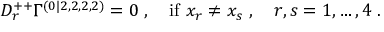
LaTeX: D _ { r } ^ { + + } \Gamma ^ { ( 0 | 2 , 2 , 2 , 2 ) } = 0 \; , \quad \mathrm { i f ~ } x _ { r } \neq x _ { s } \; , \quad r , s = 1 , \ldots , 4 \; .